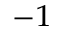
^ { - 1 }